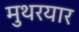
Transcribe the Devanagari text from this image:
मुथरयार